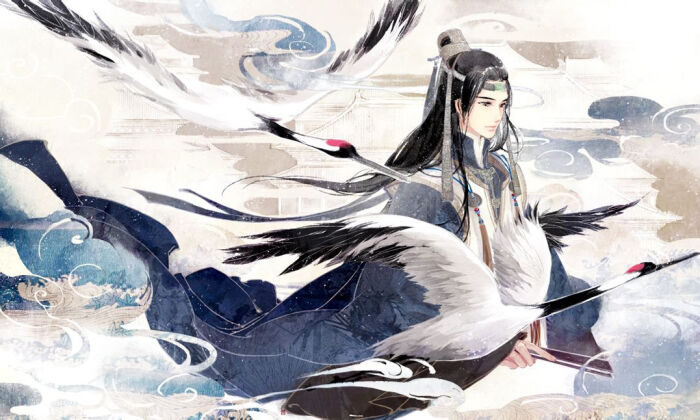
翘思慕远人，愿欲托遗音。